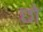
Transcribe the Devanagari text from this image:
छो़